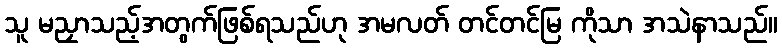
သူ မညှာသည့်အတွက်ဖြစ်ရသည်ဟု အမလတ် တင်တင်မြ ကိုသာ အသဲနာသည်။